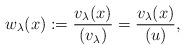
LaTeX: \begin{align*}w_{\lambda}(x):= \frac{v_{\lambda}(x)}{(v_{\lambda})}= \frac{v_{\lambda}(x)}{(u)},\end{align*}